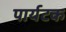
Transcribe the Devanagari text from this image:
पार्यटक